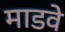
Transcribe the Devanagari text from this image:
माडवे